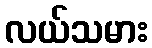
လယ်သမား